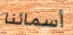
أسمائنا